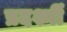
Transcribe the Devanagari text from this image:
प्रदर्श्नी